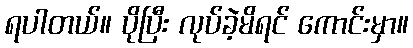
ရပါတယ်။ ပိုပြီး လုပ်ခဲ့မိရင် ကောင်းမှာ။